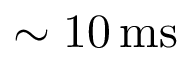
\sim 1 0 \, \mathrm { m s }